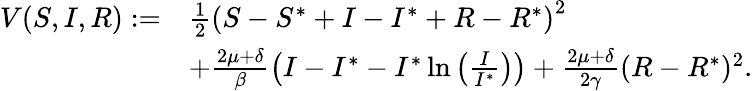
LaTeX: \begin{array}{rl}{V(S,I,R):=}&{\frac{1}{2}\left(S-S^{*}+I-I^{*}+R-R^{*}\right)^{2}}\\ &{+\frac{2\mu+\delta}{\beta}\left(I-I^{*}-I^{*}\ln\left(\frac{I}{I^{*}}\right)\right)+\frac{2\mu+\delta}{2\gamma}(R-R^{*})^{2}.}\end{array}